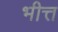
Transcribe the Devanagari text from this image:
भीत्त